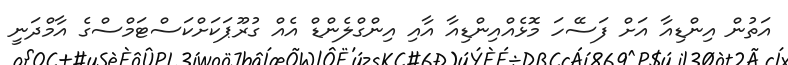
އަތުން އިންޑިއާ އަށް ފަސޭހަ މޮޅެއްއިންޑިއާ އާއި އިންގްލެންޑް އެއް ގުރޫޕަކަށްކަސްޓަމްސްގެ އާމްދަނީ